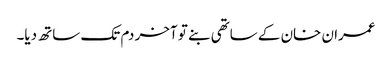
عمران خان کے ساتھی بنے تو آخر دم تک ساتھ دیا۔